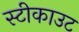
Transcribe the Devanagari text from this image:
स्टीकाउट